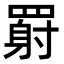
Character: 𬙥